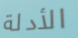
الأدلة